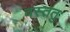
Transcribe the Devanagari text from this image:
वस्ततु